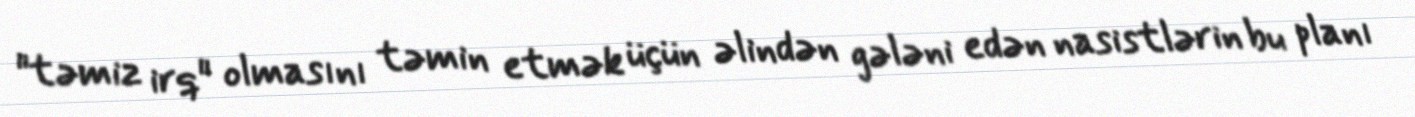
"təmiz irq" olmasını təmin etmək üçün əlindən gələni edən nasistlərin bu planı